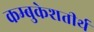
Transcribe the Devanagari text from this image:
कम्बुकेशतीर्थ